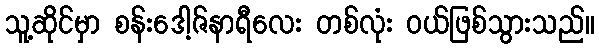
သူ့ဆိုင်မှာ စန်းဒေါ့ဇ်နာရီလေး တစ်လုံး ဝယ်ဖြစ်သွားသည်။